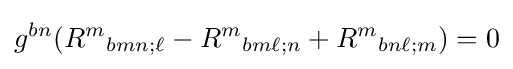
g^{bn}(R^{m}{}_{bmn;\ell }-R^{m}{}_{bm\ell ;n}+R^{m}{}_{bn\ell ;m})=0